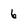
Character: 6